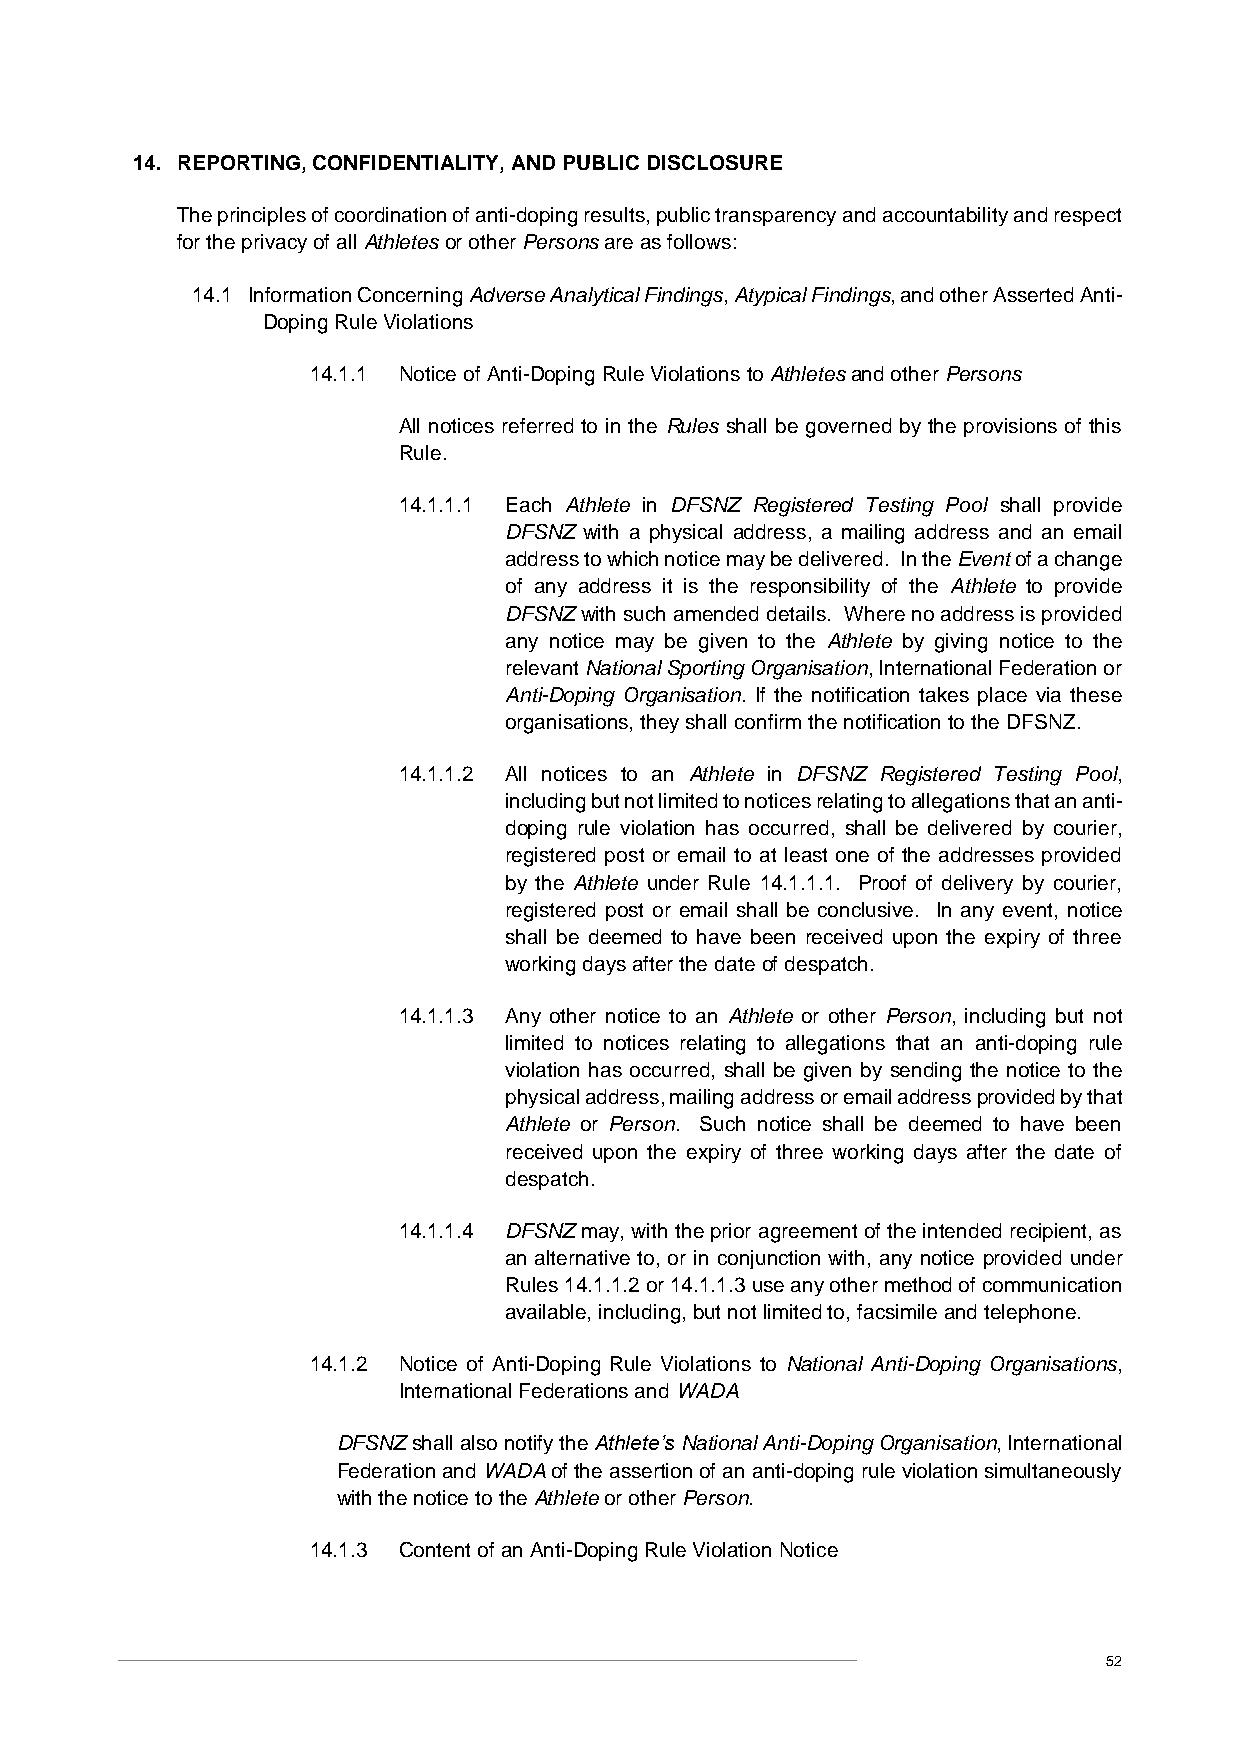
14. REPORTING, CONFIDENTIALITY, AND PUBLIC DISCLOSURE
 The principles of coordination of anti-doping results, public transparency and accountability and respect
 for the privacy of all Athletes or other Persons are as follows:
 14.1 Information Concerning Adverse Analytical Findings, Atypical Findings, and other Asserted Anti-
 Doping Rule Violations
 14.1.1 Notice of Anti-Doping Rule Violations to Athletes and other Persons
 All notices referred to in the Rules shall be governed by the provisions of this
 Rule.
 14.1.1.1 Each Athlete in DFSNZ Registered Testing Pool shall provide
 DFSNZ with a physical address, a mailing address and an email
 address to which notice may be delivered. In the Event of a change
 of any address it is the responsibility of the Athlete to provide
 DFSNZ with such amended details. Where no address is provided
 any notice may be given to the Athlete by giving notice to the
 relevant National Sporting Organisation, International Federation or
 Anti-Doping Organisation. If the notification takes place via these
 organisations, they shall confirm the notification to the DFSNZ.
 14.1.1.2 All notices to an Athlete in DFSNZ Registered Testing Pool,
 including but not limited to notices relating to allegations that an anti-
 doping rule violation has occurred, shall be delivered by courier,
 registered post or email to at least one of the addresses provided
 by the Athlete under Rule 14.1.1.1. Proof of delivery by courier,
 registered post or email shall be conclusive. In any event, notice
 shall be deemed to have been received upon the expiry of three
 working days after the date of despatch.
 14.1.1.3 Any other notice to an Athlete or other Person, including but not
 limited to notices relating to allegations that an anti-doping rule
 violation has occurred, shall be given by sending the notice to the
 physical address, mailing address or email address provided by that
 Athlete or Person. Such notice shall be deemed to have been
 received upon the expiry of three working days after the date of
 despatch.
 14.1.1.4 DFSNZ may, with the prior agreement of the intended recipient, as
 an alternative to, or in conjunction with, any notice provided under
 Rules 14.1.1.2 or 14.1.1.3 use any other method of communication
 available, including, but not limited to, facsimile and telephone.
 14.1.2 Notice of Anti-Doping Rule Violations to National Anti-Doping Organisations,
 International Federations and WADA
 DFSNZ shall also notify the Athlete’s National Anti-Doping Organisation, International
 Federation and WADA of the assertion of an anti-doping rule violation simultaneously
 with the notice to the Athlete or other Person.
 14.1.3 Content of an Anti-Doping Rule Violation Notice
 52